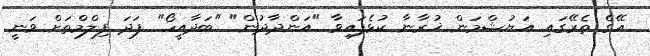
އޭގެ ތެރޭގައި އަޔުޝްމަން ޚުރާނާ ކުޅެފައިވާ "އަންދާދުން" "ބަދާއީހޯ" ފަދަ ފިލްމްތަށް ވަނީ